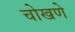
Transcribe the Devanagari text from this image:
चोखणे